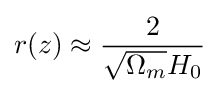
r(z)\approx {\frac {2}{{\sqrt {\Omega _{m}}}H_{0}}}